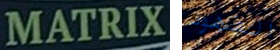
MATRIX الفهود